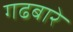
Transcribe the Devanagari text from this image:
गढबारे